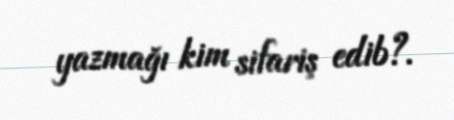
yazmağı kim sifariş edib?.